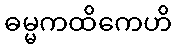
ဓမ္မကထိကေဟိ